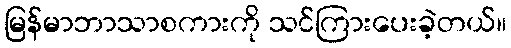
မြန်မာဘာသာစကားကို သင်ကြားပေးခဲ့တယ်။